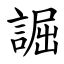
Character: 誳